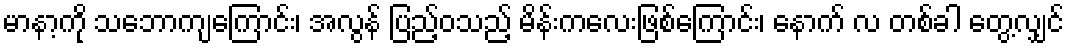
မာနာ့ကို သဘောကျကြောင်း၊ အလွန် ပြည့်ဝသည့် မိန်းကလေးဖြစ်ကြောင်း၊ နောက် လ တစ်ခါ တွေ့လျှင်